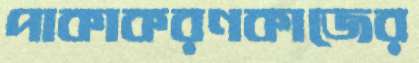
পাকাকরণকাজের